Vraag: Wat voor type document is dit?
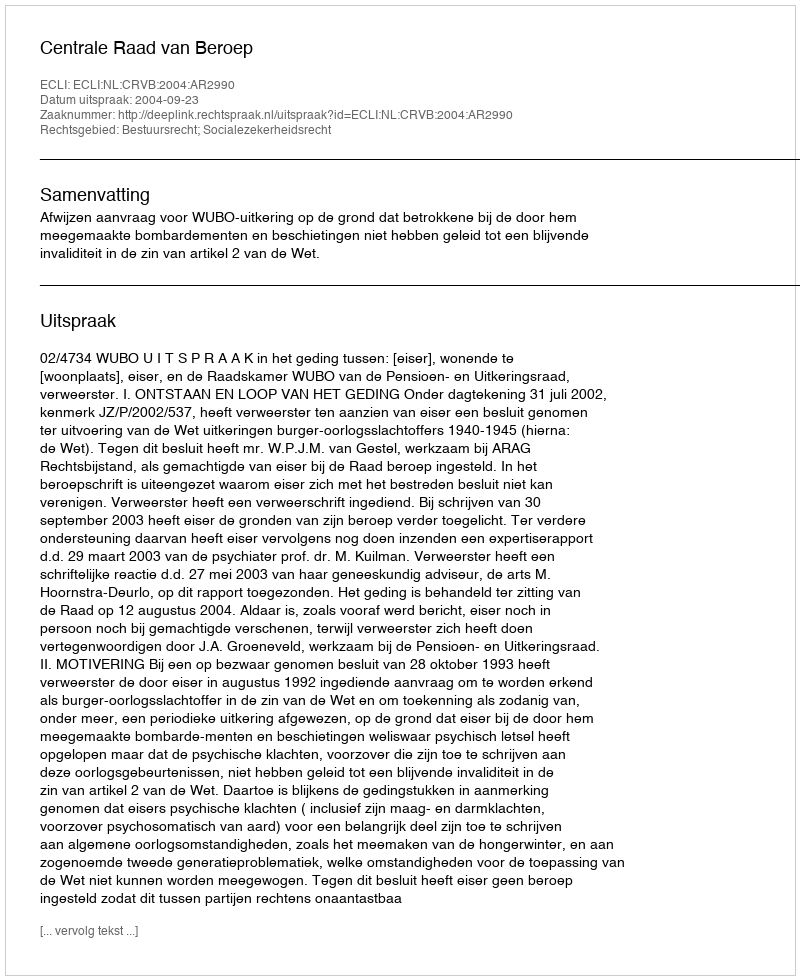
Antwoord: Uitspraak